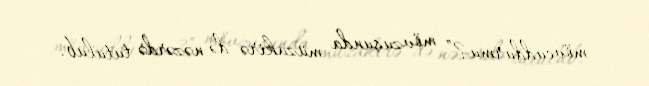
mövcuddurmu?” mövzusunda müzakirə də nəzərdə tutulub.